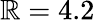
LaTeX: \mathbb{R}=4.2